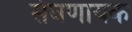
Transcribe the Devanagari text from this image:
संघणायक